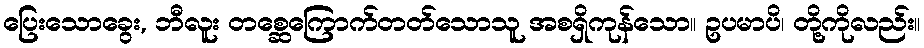
ပြေးသောခွေး, ဘီလူး တစ္ဆေကြောက်တတ်သောသူ အစရှိကုန်သော။ ဥပမာပိ၊ တို့ကိုလည်း။